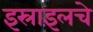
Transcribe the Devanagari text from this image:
इस्राइलचे